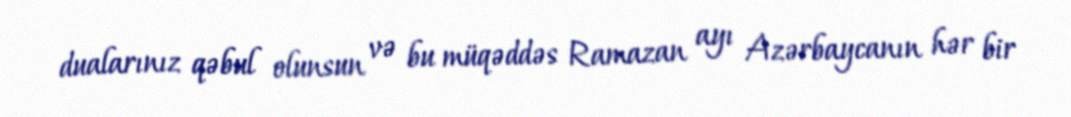
dualarınız qəbul olunsun və bu müqəddəs Ramazan ayı Azərbaycanın hər bir